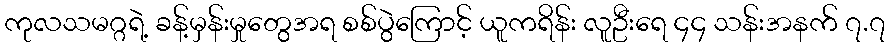
ကုလသမဂ္ဂရဲ့ ခန့်မှန်းမှုတွေအရ စစ်ပွဲကြောင့် ယူကရိန်း လူဦးရေ ၄၄ သန်းအနက် ၇.၇